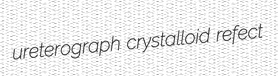
ureterograph crystalloid refect